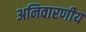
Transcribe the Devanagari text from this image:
अनिवारणीय